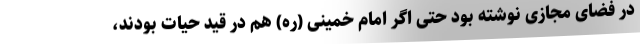
در فضاى مجازى نوشته بود حتى اگر امام خمينى (ره) هم در قيد حيات بودند،